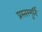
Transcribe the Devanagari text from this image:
प्रस्तरमूर्ति